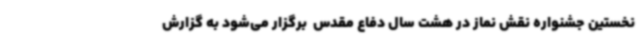
نخستین جشنواره نقش نماز در هشت سال دفاع مقدس  برگزار می‌شود به گزارش